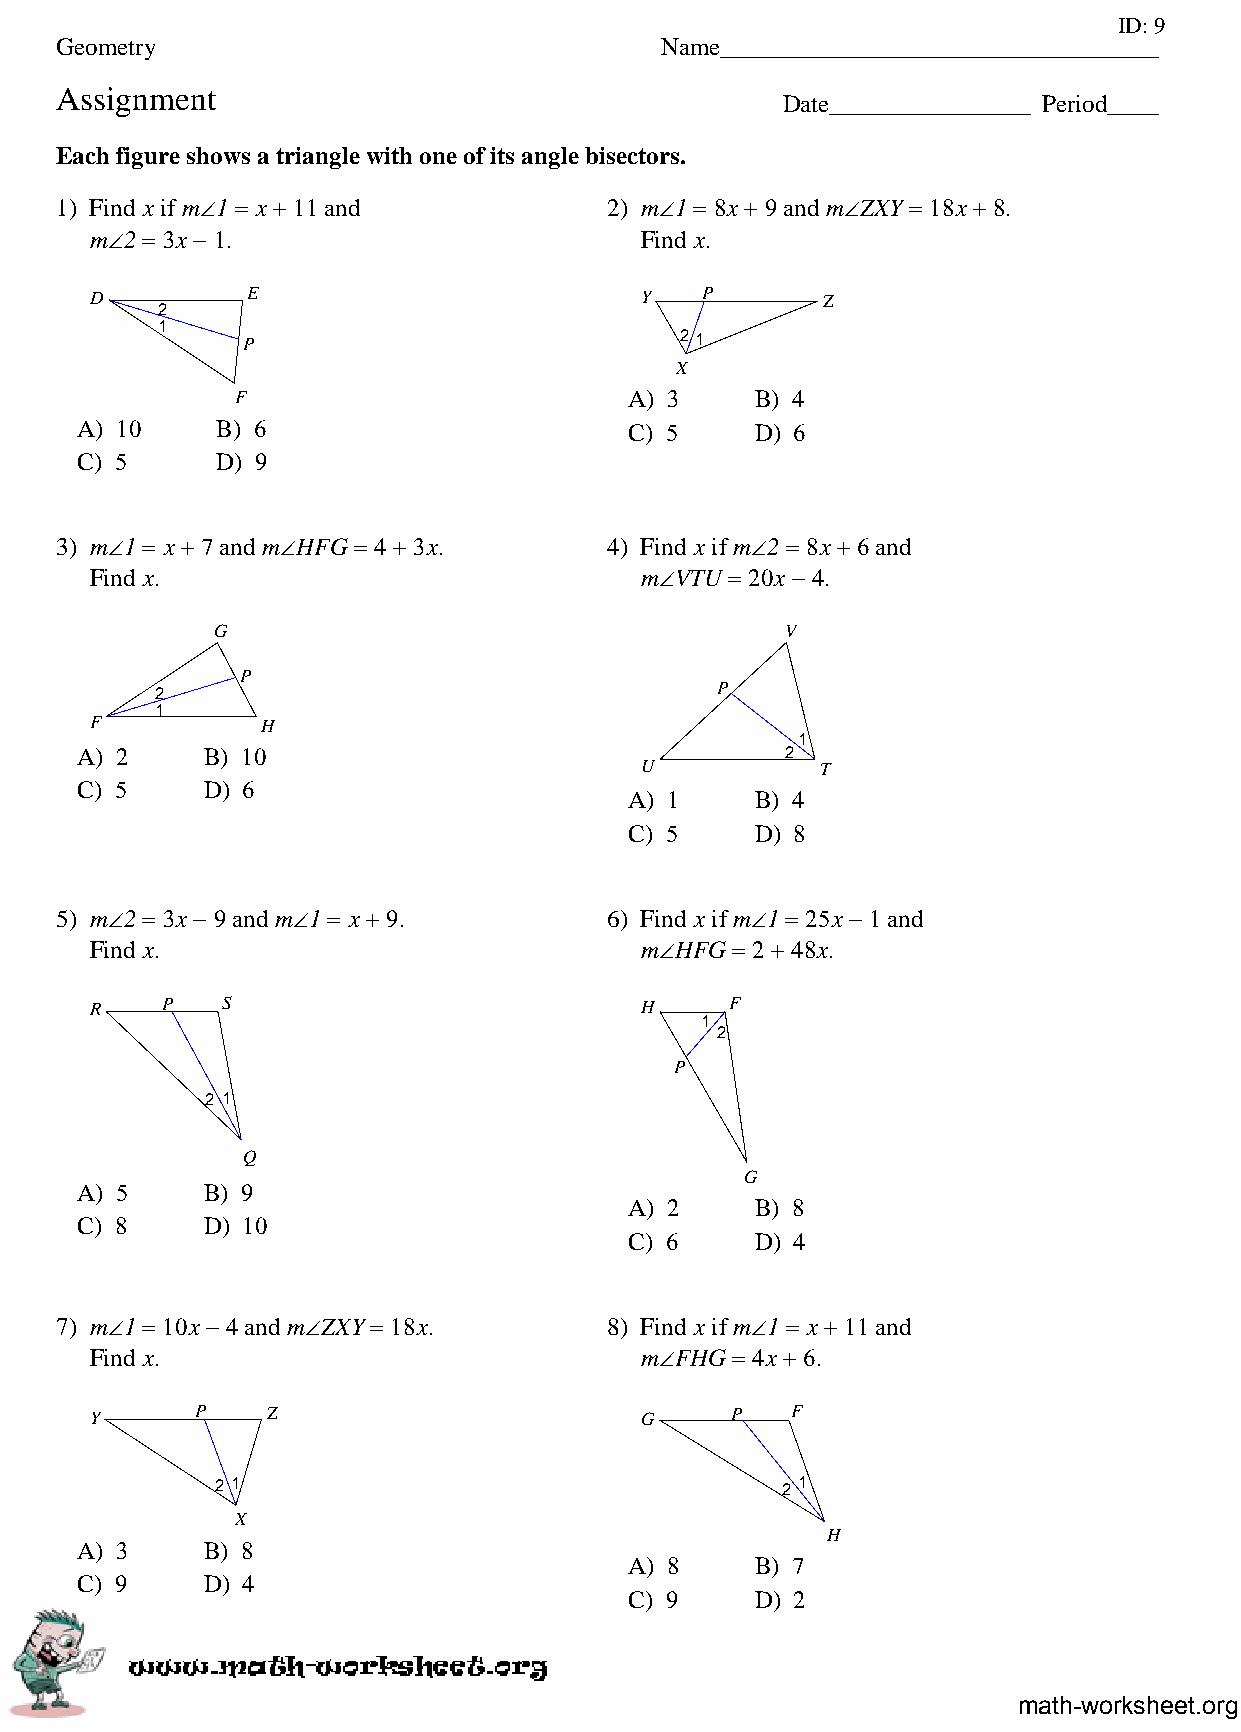
ID: 9
 Geometry                                Name___________________________________
 Assignment
 Date________________ Period____
 Each figure shows a triangle with one of its angle bisectors.
 1) Find x if m∠1 = x + 11 and       2) m∠1 = 8x + 9 and m∠ZXY = 18x + 8.
 m∠2 = 3x − 1.                       Find x.
 D         E                         Y   P       Z
 2
 1
 P
 21
 X
 F                         A) 3    B) 4
 A) 10    B) 6                        C) 5    D) 6
 C) 5     D) 9
 3) m∠1 = x + 7 and m∠HFG = 4 + 3x.  4) Find x if m∠2 = 8x + 6 and
 Find x.                             m∠VTU = 20x − 4.
 G                                     V
 P
 2                                    P
 1
 F          H
 1
 A) 2    B) 10                                  2
 U           T
 C) 5    D) 6
 A) 1    B) 4
 C) 5    D) 8
 5) m∠2 = 3x − 9 and m∠1 = x + 9.    6) Find x if m∠1 = 25x − 1 and
 Find x.                             m∠HFG = 2 + 48x.
 R    P   S                          H     F
 1
 2
 P
 2 1
 Q
 G
 A) 5    B) 9
 A) 2    B) 8
 C) 8    D) 10
 C) 6    D) 4
 7) m∠1 = 10x − 4 and m∠ZXY = 18x.   8) Find x if m∠1 = x + 11 and
 Find x.                             m∠FHG = 4x + 6.
 Y      P    Z                       G     P   F
 21                                    2 1
 X
 H
 A) 3    B) 8
 A) 8    B) 7
 C) 9    D) 4
 C) 9    D) 2
 math-worksheet.org